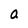
Character: a